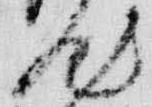
汰